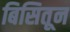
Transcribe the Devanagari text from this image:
बिसितून